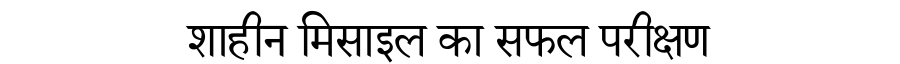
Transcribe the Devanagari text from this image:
शाहीन मिसाइल का सफल परीक्षण